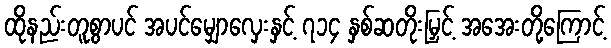
ထိုနည်းတူစွာပင် အပင်မျှောလှေးနှင့် ၇၁၄ နှစ်ဆတိုးမြှင့် အအေးတို့ကြောင့်